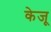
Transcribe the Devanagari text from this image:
केजू